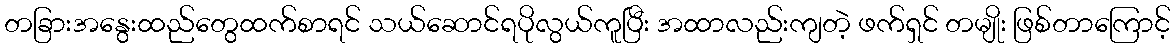
တခြားအနွေးထည်တွေထက်စာရင် သယ်ဆောင်ရပိုလွယ်ကူပြီး အထာလည်းကျတဲ့ ဖက်ရှင် တမျိုး ဖြစ်တာကြောင့်